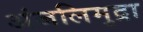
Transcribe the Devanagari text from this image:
अंजलिमुद्रा